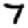
Digit: 7